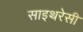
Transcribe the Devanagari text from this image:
साइथरेसी